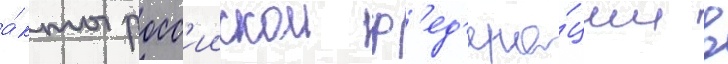
а́кты росс'иискои ф'ед'ера́ции в